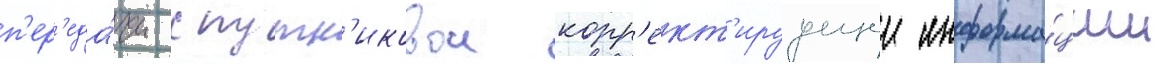
п'ер'еда́чи спутн'иковои корр'ект'ируущеи информа́ции